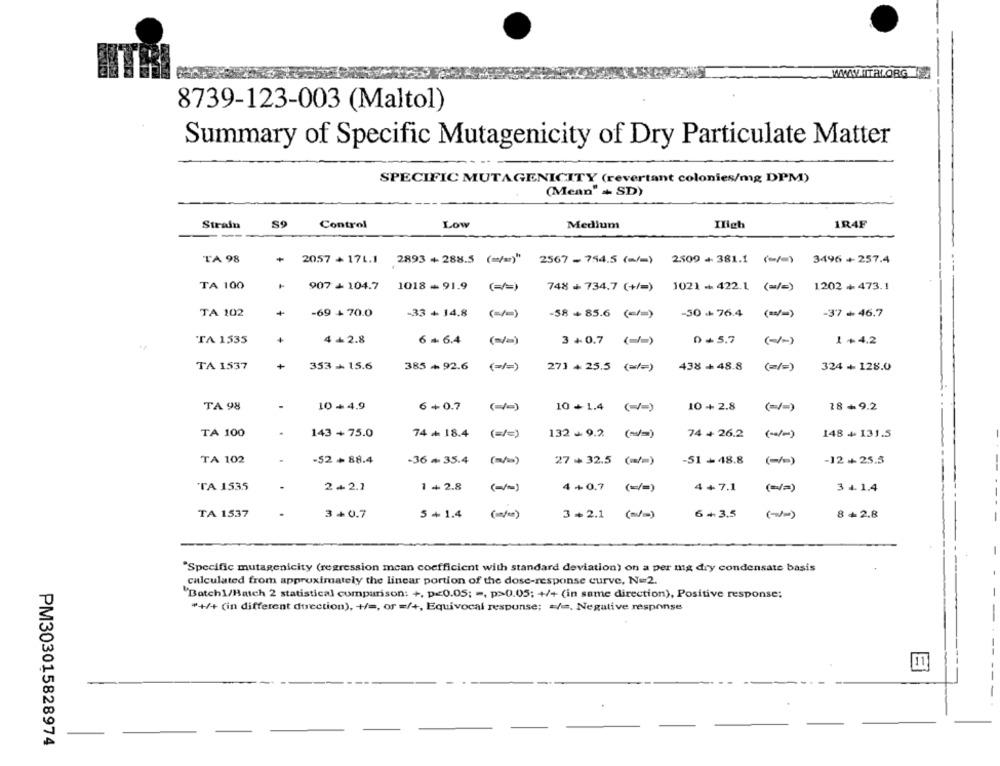
WASITALORG
8739-123-003 (Maltol)
Summary of Specific Mutagenicity of Dry Particulate Matter
SPECIFIC MUTAGENICITY (revertant colonies/mg DPM)
(Mean" ++ SD)
Strain
S9
Control
Low
Medium
Ilich
1R4F
TA 98
2057 + 171.1 2893 + 288.5 (=/=)" 2567 - 754.5 (=/=) 2509 + 381.1 (=/=) 3496 + 257.4
TA 100
907 + 104.7 1018- 91.9 (=/=)
(=/=)
748 + 734.7 (+/=) 1021 ++ 422.1 (=/=)
1202 + 473.1
TA 102
+
-69 + 70.0
-33 + 14.8 (=/=)
-58 + 85.6 (~/=)
-30+76.4
( == )
-37+ 46.7
TA 1535
4 +2.8
6 - 6.4
3 +0.7 (=/=)
0 +5.7
1+4.2
TA 1537
+
353 - 15.6
385+92.6 (=/=)
271 + 25.5 (=/=)
438 + 48.8
(=/=)
324 + 128.0
TA 98
10 + 4.9
6+0.7
(=/=)
10 + 1.4
10 + 2.8
18+9.2
TA 100
143 + 75.0
74 + 18.4
(=/=)
132 - 9.2. ( == )
74 + 26.2
148 + 131.5
TA 102
-52 +88.4
-36 ₦ 35.4
(=/ == )
-51+48.8
-12 + 25.5
27 32.5 (=/=)
TA 1535
2 + 2.1
1 + 2.8
4 +0.7
(=/=)
4+7.1
(=/=)
3 +. 1.4
TA 1537
5+ 1.4
6+3.5
3+0.7
(/)
3+2.1 (=/=)
8 +2.8
"Specific mutagenicity (regression mean coefficient with standard deviation) on a per mig dry condensate basis
calculated from approximately the linear portion of the dose-response curve, N=2.
"Batch1/Batch 2 statistical comparison: +, p<0.05; -, p>0.05; +/+ (in same direction), Positive response;
*+/+ (in different direction), +/ =, of =/+, Equivocal response; = / =, Negative response
PM303015828974